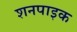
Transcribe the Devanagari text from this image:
शनपाइक